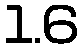
1.6